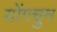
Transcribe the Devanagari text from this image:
योंगचुन